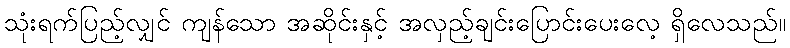
သုံးရက်ပြည့်လျှင် ကျန်သော အဆိုင်းနှင့် အလှည့်ချင်းပြောင်းပေးလေ့ ရှိလေသည်။